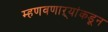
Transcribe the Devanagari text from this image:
म्हणवणाऱ्यांकडून